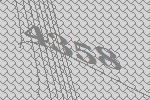
4358